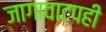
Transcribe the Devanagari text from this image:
जागावाटपही